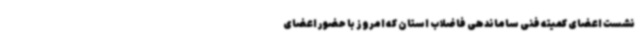
نشست اعضای کمیته فنی ساماندهی فاضلاب استان که امروز با حضور اعضای